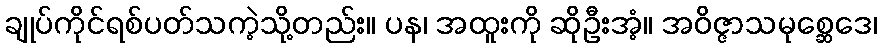
ချုပ်ကိုင်ရစ်ပတ်သကဲ့သို့တည်း။ ပန၊ အထူးကို ဆိုဦးအံ့။ အဝိဇ္ဇာသမုစ္ဆေဒေ၊